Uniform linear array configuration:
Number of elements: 64
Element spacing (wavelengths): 1
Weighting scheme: uniform
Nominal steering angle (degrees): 60
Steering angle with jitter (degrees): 61.608
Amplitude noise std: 0.05
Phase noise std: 0.05

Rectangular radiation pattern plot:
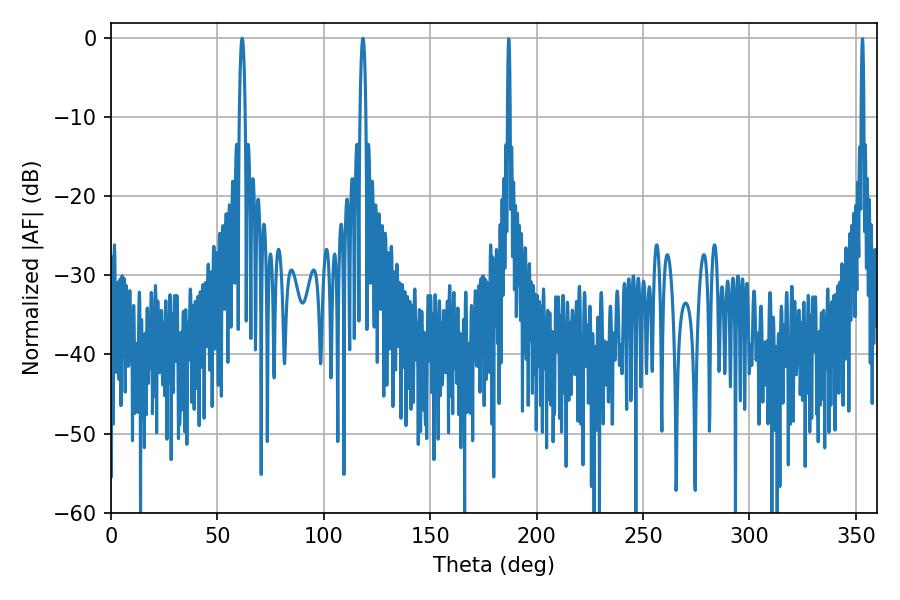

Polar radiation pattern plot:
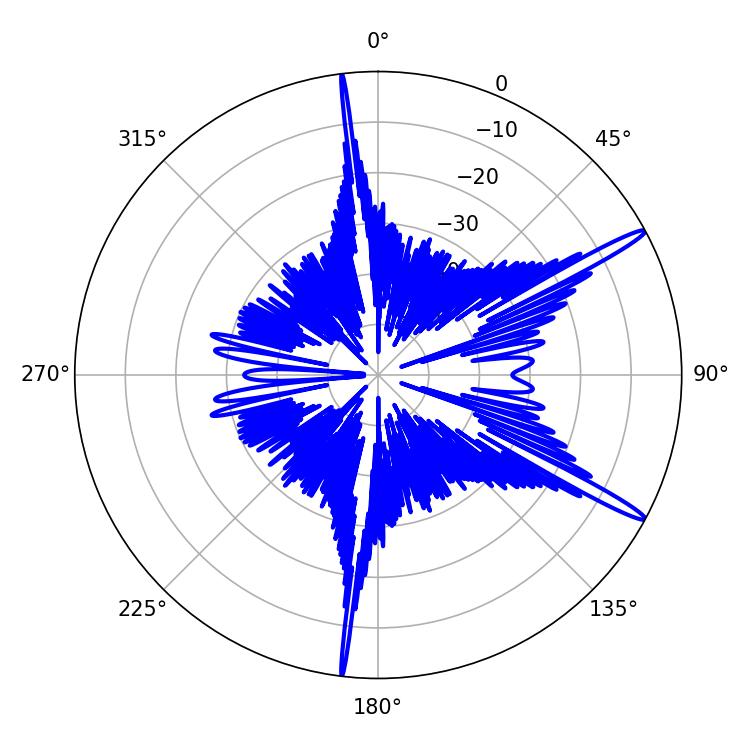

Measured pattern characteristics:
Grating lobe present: TRUE
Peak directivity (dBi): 15.726
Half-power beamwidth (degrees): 1.62
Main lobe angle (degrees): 61.56